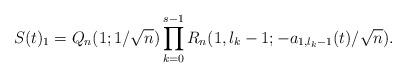
LaTeX: \begin{align*}S(t)_1=\displaystyle Q_{n}(1;1/\sqrt{n})\prod_{k=0}^{s-1}R_n(1,l_k-1;-a_{1, l_k-1}(t)/\sqrt{n}). \end{align*}